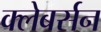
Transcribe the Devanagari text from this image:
क्लेबर्सन